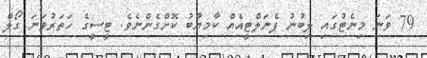
79 ވަނަ މިނެޓުގައި ލިބުނު ޕެނަލްޓީއެއް ކާމިޔާބު ކޮށްގެންނެވެ. ޓީސީގެ ހަތަރުވަނަ ގޯލް